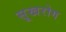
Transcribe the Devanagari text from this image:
सूखरोग